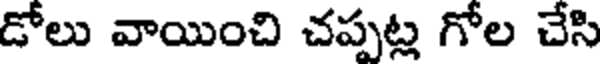
డోలు వాయించి చప్పట్ల గోల చేసి